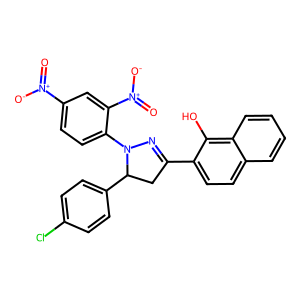
SMILES: O=[N+]([O-])c1ccc(N2N=C(c3ccc4ccccc4c3O)CC2c2ccc(Cl)cc2)c([N+](=O)[O-])c1
Inhibits HIV replication: No